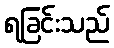
ရခြင်းသည်